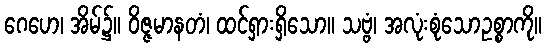
ဂေဟေ၊ အိမ်၌။ ဝိဇ္ဇမာနတံ၊ ထင်ရှားရှိသော။ သဗ္ဗံ၊ အလုံးစုံသောဥစ္စာကို။